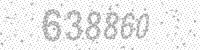
Solution: 638860